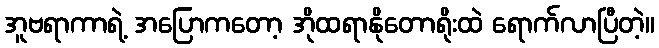
အူဗရာကာရဲ့ အပြောကတော့ အိုထရာနိုတောရိုးထဲ ရောက်လာပြီတဲ့။